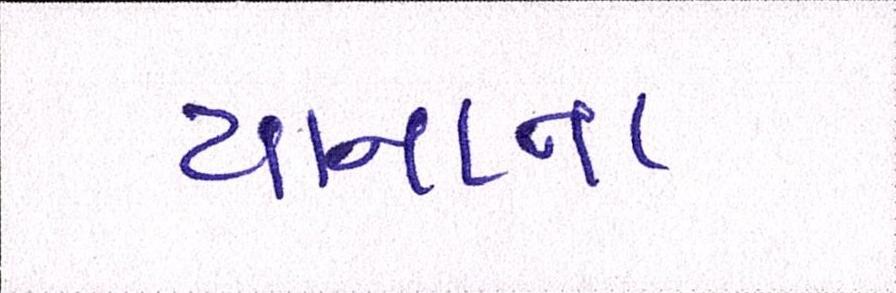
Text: યાનાના